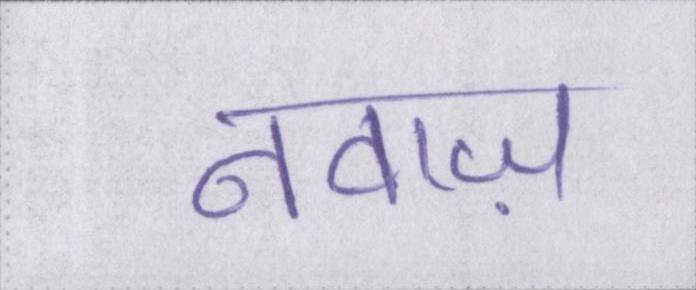
नवाज़